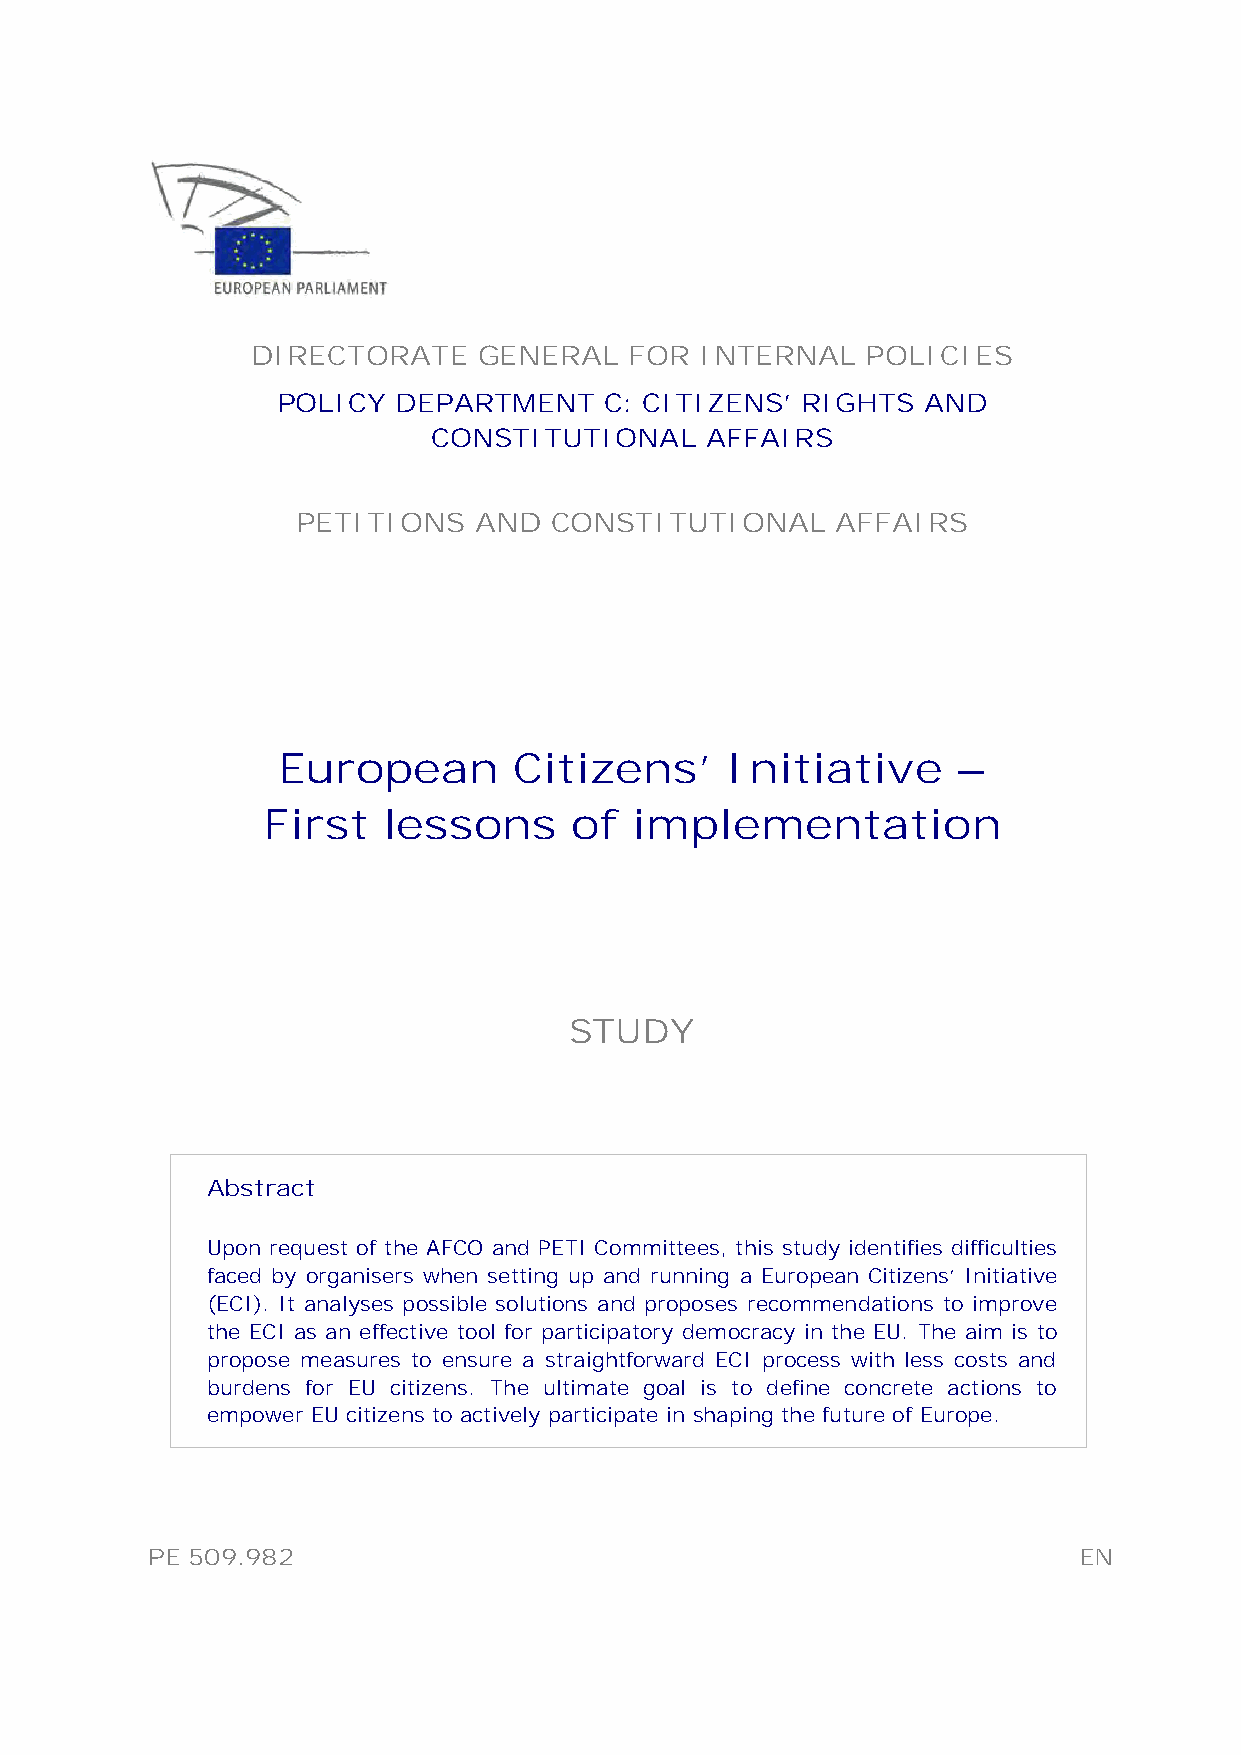
DIRECTORATE    GENERAL   FOR INTERNAL   POLICIES
 POLICY  DEPARTMENT    C: CITIZENS’ RIGHTS  AND
 CONSTITUTIONAL    AFFAIRS
 PETITIONS  AND  CONSTITUTIONAL     AFFAIRS
 European        Citizens’     Initiative     –
 First   lessons      of  implementation
 STUDY
 Abstract
 Upon request of the AFCO and PETI Committees, this study identifies difficulties
 faced by organisers when setting up and running a European Citizens’ Initiative
 (ECI). It analyses possible solutions and proposes recommendations to improve
 the ECI as an effective tool for participatory democracy in the EU. The aim is to
 propose measures to ensure a straightforward ECI process with less costs and
 burdens for EU citizens. The ultimate goal is to define concrete actions to
 empower EU citizens to actively participate in shaping the future of Europe.
 PE 509.982                                                   EN